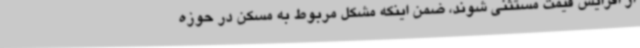
از افزایش قیمت مستثنی شوند، ضمن اینکه مشکل مربوط به مسکن در حوزه